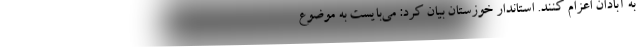
به آبادان اعزام کنند. استاندار خوزستان بیان کرد: می‌بایست به موضوع